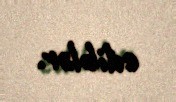
ediblər.